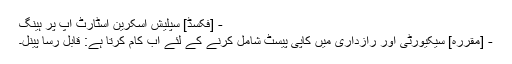
- [فکسڈ] سپلیش اسکرین اسٹارٹ اپ پر ہینگ
- [مقررہ] سیکیورٹی اور رازداری میں کاپی پیسٹ شامل کرنے کے لئے اب کام کرتا ہے: قابل رسا پینل۔